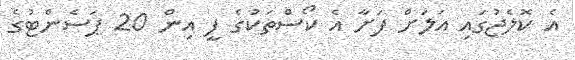
އެ ކޮލެޖުގައި އަލަށް ފަށާ އެ ކޯސްތަކުގެ ފީ އިން 20 ޕަސެންޓުގެ